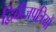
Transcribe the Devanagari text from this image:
द्विबीजपत्रियों